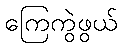
ကြေကွဲဖွယ်